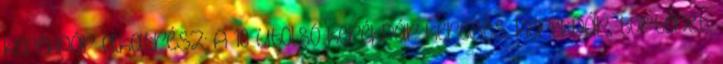
kerékpár alkatrész: A 10 utolsó kerékpár keresés: Kerékpár, történet,